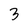
Character: 3